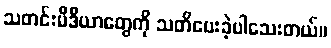
သတင်းမီဒီယာတွေကို သတိပေးခဲ့ပါသေးတယ်။